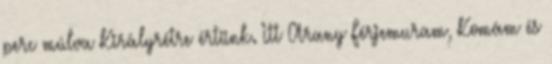
perc múlva Királyrétre értünk. Itt Arany Férjemuram, Komám és